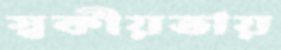
স্বকীয়তায়